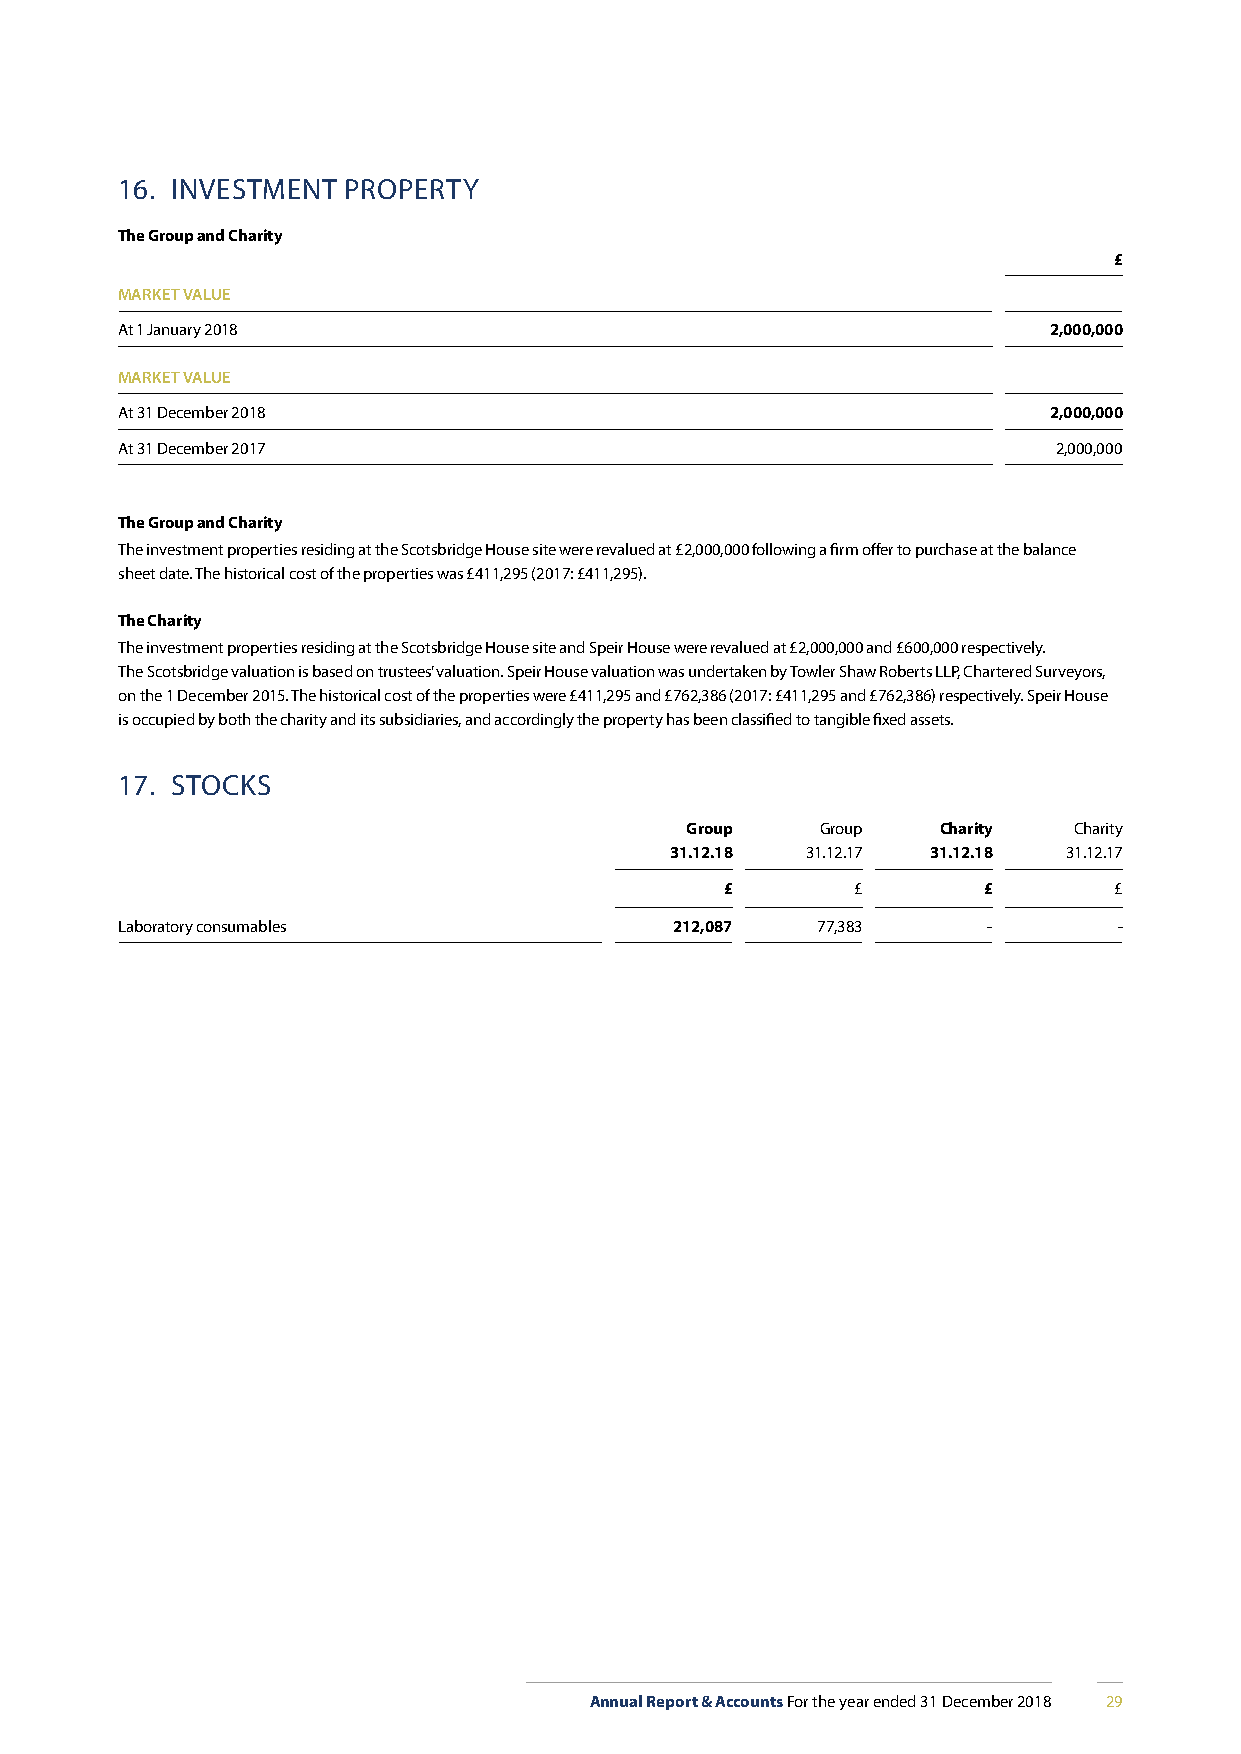
16. INVESTMENT PROPERTY
 The Group and Charity
 £
 MARKET VALUE
 At 1 January 2018                                            2,000,000
 MARKET VALUE
 At 31 December 2018                                          2,000,000
 At 31 December 2017                                           2,000,000
 The Group and Charity
 The investment properties residing at the Scotsbridge House site were revalued at £2,000,000 following a firm offer to purchase at the balance
 sheet date. The historical cost of the properties was £411,295 (2017: £411,295).
 The Charity
 The investment properties residing at the Scotsbridge House site and Speir House were revalued at £2,000,000 and £600,000 respectively.
 The Scotsbridge valuation is based on trustees’ valuation. Speir House valuation was undertaken by Towler Shaw Roberts LLP, Chartered Surveyors,
 on the 1 December 2015. The historical cost of the properties were £411,295 and £762,386 (2017: £411,295 and £762,386) respectively. Speir House
 is occupied by both the charity and its subsidiaries, and accordingly the property has been classified to tangible fixed assets.
 17. STOCKS
 Group    Group   Charity  Charity
 31.12.18 31.12.17 31.12.18 31.12.17
 £        £       £        £
 Laboratory consumables               212,087  77,383     -        -
 Annual Report & Accounts For the year ended 31 December 2018 29